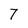
Character: 7